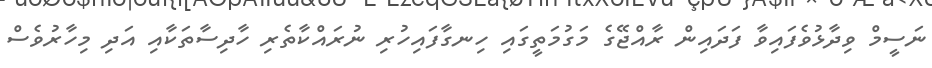
ނަސީމް ވިދާޅުވެފައިވާ ފަދައިން ރާއްޖޭގެ މަގުމަތީގައި ހިނގާފައިހުރި ނުރައްކާތެރި ހާދިސާތަކާއި އަދި މިހާރުވެސް